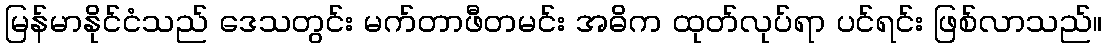
မြန်မာနိုင်ငံသည် ဒေသတွင်း မက်တာဖီတမင်း အဓိက ထုတ်လုပ်ရာ ပင်ရင်း ဖြစ်လာသည်။